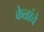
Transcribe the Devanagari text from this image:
केळांचे